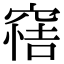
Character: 𥦿